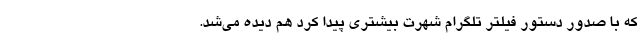
که با صدور دستور فیلتر تلگرام شهرت بیشتری پیدا کرد هم دیده می‌شد.